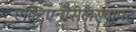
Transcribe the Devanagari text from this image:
एक्टिएन्गेसेलस्चाफ्ट